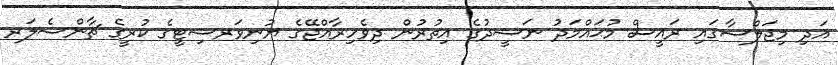
އަދި މިޖަލްސާގައި ރައީސް މުޙައްމަދު ނަޝީދުގެ އިތުރުން ދިވެހިރާއްޖޭގެ ޔުނިވަރސިޓީގެ ކުރީގެ ޗާންސެލަރ